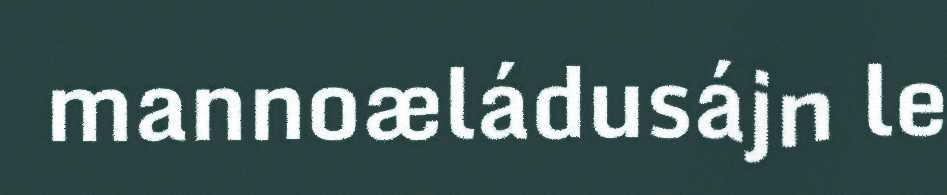
mannoæládusájn le